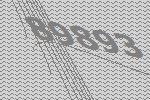
89893